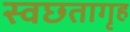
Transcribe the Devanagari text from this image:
स्वछतागृह